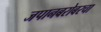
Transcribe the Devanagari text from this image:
जपानबरोबरचा